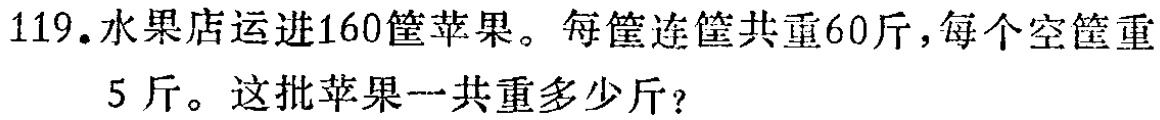
119. 水果店运进160筐苹果。每筐连筐共重60斤，每个空筐重
5斤。这批苹果一共重多少斤？